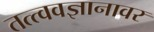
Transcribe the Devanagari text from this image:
तत्त्ववज्ञानावर